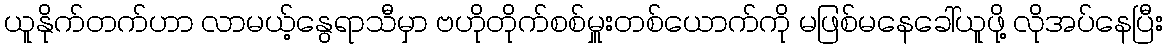
ယူနိုက်တက်ဟာ လာမယ့်နွေရာသီမှာ ဗဟိုတိုက်စစ်မှူးတစ်ယောက်ကို မဖြစ်မနေခေါ်ယူဖို့ လိုအပ်နေပြီး